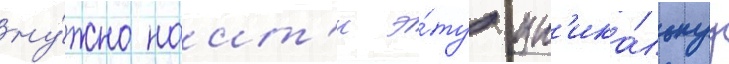
ну́жно наит'и э́ту ун'ика́льнуу